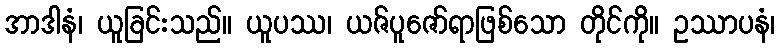
အာဒါနံ၊ ယူခြင်းသည်။ ယူပဿ၊ ယဇ်ပူဇော်ရာဖြစ်သော တိုင်ကို။ ဥဿာပနံ၊